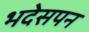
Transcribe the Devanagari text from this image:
भदेसपन